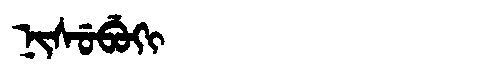
Manchu: ᠨᡳᠰᡠᠪᡠᡴᡳ
Romanization: NISUBUKI